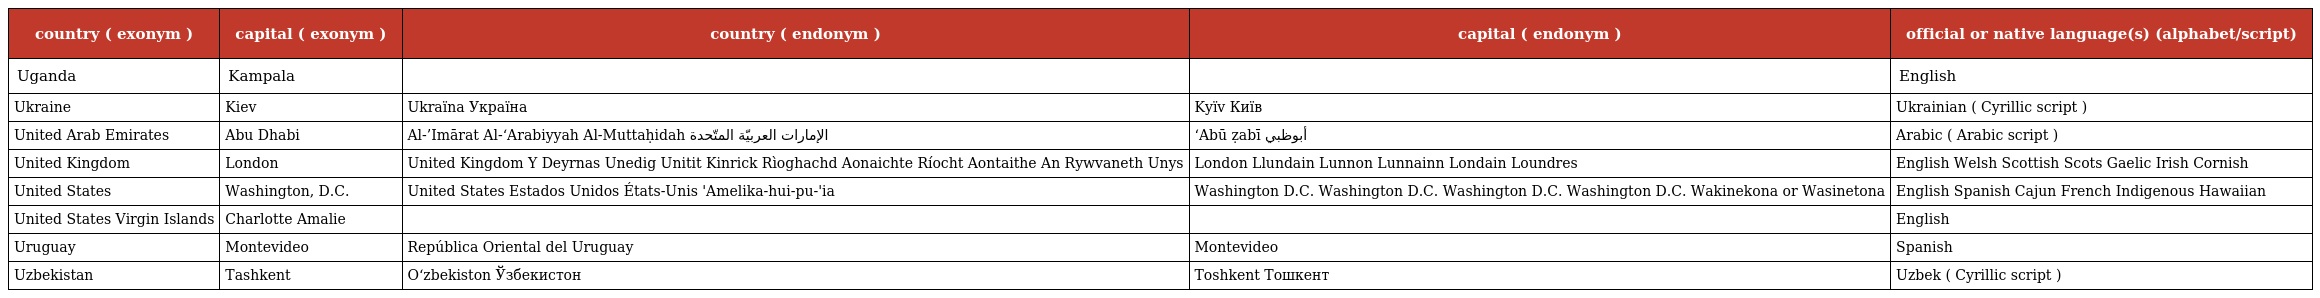
| country ( exonym ) | capital ( exonym ) | country ( endonym ) | capital ( endonym ) | official or native language(s) (alphabet/script) |
 | --- | --- | --- | --- | --- |
 | Uganda | Kampala |  |  | English |
 | Ukraine | Kiev | Ukraїna Україна | Kyїv Київ | Ukrainian ( Cyrillic script ) |
 | United Arab Emirates | Abu Dhabi | Al-’Imārat Al-‘Arabiyyah Al-Muttaḥidah الإمارات العربيّة المتّحدة | ‘Abū ẓabī أبوظبي | Arabic ( Arabic script ) |
 | United Kingdom | London | United Kingdom Y Deyrnas Unedig Unitit Kinrick Rìoghachd Aonaichte Ríocht Aontaithe An Rywvaneth Unys | London Llundain Lunnon Lunnainn Londain Loundres | English Welsh Scottish Scots Gaelic Irish Cornish |
 | United States | Washington, D.C. | United States Estados Unidos États-Unis 'Amelika-hui-pu-'ia | Washington D.C. Washington D.C. Washington D.C. Washington D.C. Wakinekona or Wasinetona | English Spanish Cajun French Indigenous Hawaiian |
 | United States Virgin Islands | Charlotte Amalie |  |  | English |
 | Uruguay | Montevideo | República Oriental del Uruguay | Montevideo | Spanish |
 | Uzbekistan | Tashkent | O‘zbekiston Ўзбекистон | Toshkent Тошкент | Uzbek ( Cyrillic script ) |